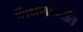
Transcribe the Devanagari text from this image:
शिक्षणापर्यंत